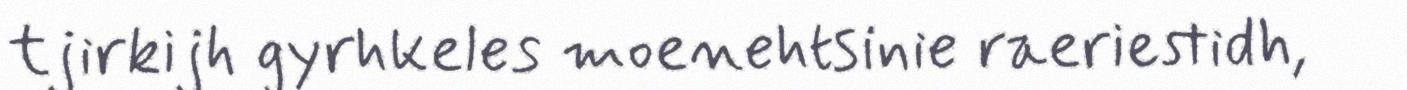
tjirkijh gyrhkeles moenehtsinie raeriestidh,